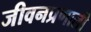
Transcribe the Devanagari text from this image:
जीवनप्रणाली